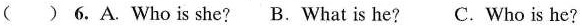
( ) 6.A.Who is she? B.What is he?C. Who is he?